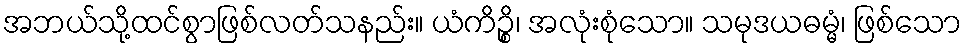
အဘယ်သို့ထင်စွာဖြစ်လတ်သနည်း။ ယံကိဉ္စိ၊ အလုံးစုံသော။ သမုဒယဓမ္မံ၊ ဖြစ်သော